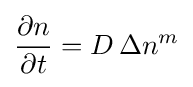
{\frac {\partial n}{\partial t}}=D\,\Delta n^{m}